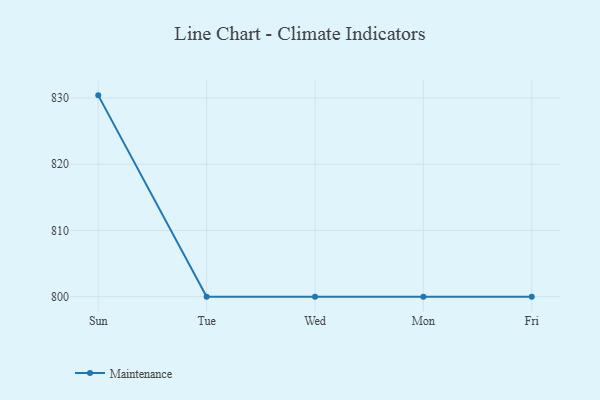
{"axis": {"x": "Day", "y": "Satisfaction Score"}, "legend": ["Maintenance"], "data": [{"x": "Sun", "y": 830.4, "type": "Maintenance"}, {"x": "Tue", "y": 800, "type": "Maintenance"}, {"x": "Wed", "y": 800, "type": "Maintenance"}, {"x": "Mon", "y": 800, "type": "Maintenance"}, {"x": "Fri", "y": 800, "type": "Maintenance"}]}